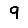
Digit: 9